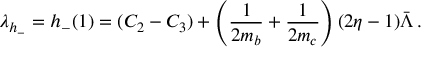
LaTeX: \lambda _ { h _ { - } } = h _ { - } ( 1 ) = ( C _ { 2 } - C _ { 3 } ) + \left( \frac { 1 } { 2 m _ { b } } + \frac { 1 } { 2 m _ { c } } \right) ( 2 \eta - 1 ) \bar { \Lambda } \, .